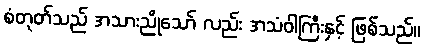
စံတုတ်သည် အသားညိုသော် လည်း အသံဝါကြီးနှင့် ဖြစ်သည်။